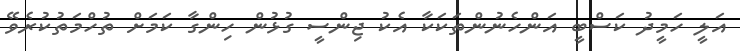
އަލީ ހަމީދު ކަސްބީ އަންހެނުންތަކަކާ އެކު ޖިންސީ ގުޅުން ހިންގާ ކަމަށް ތުހްމަތުކުރެވޭ